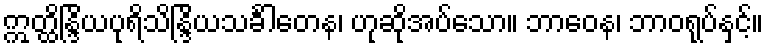
ဣတ္ထိန္ဒြိယပုရိသိန္ဒြိယသင်္ခါတေန၊ ဟုဆိုအပ်သော။ ဘာဝေန၊ ဘာဝရုပ်နှင့်။